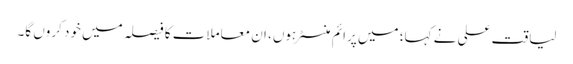
لیاقت علی نے کہا؛ میں پرائم منسٹر ہوں، ان معاملات کا فیصلہ میں خود کروں گا۔